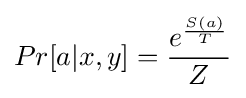
Pr[a|x,y]={\frac {e^{\frac {S(a)}{T}}}{Z}}